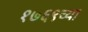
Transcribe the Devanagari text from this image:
१७६९च्या